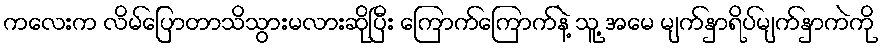
ကလေးက လိမ်ပြောတာသိသွားမလားဆိုပြီး ကြောက်ကြောက်နဲ့ သူ့ အမေ မျက်နှာရိပ်မျက်နှာကဲကို